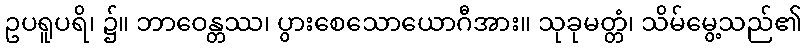
ဥပရူပရိ၊ ၌။ ဘာဝေန္တဿ၊ ပွားစေသောယောဂီအား။ သုခုမတ္တံ၊ သိမ်မွေ့သည်၏